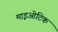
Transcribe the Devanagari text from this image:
माइओटिक